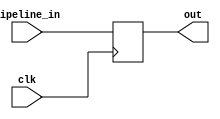
// PIPELINE REGISTER
module PipelineRegister (output reg [54:0] out, input [54:0] pipeline_in, input clk);

always @(posedge clk)	
    out <= pipeline_in;	
endmodule